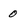
Character: 0